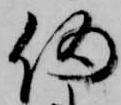
偽